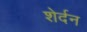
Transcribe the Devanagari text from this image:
शेर्दन